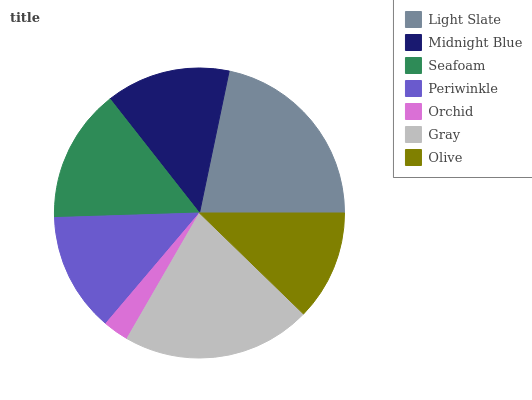
| Light Slate | Midnight Blue | Seafoam | Periwinkle | Orchid | Gray | Olive |
 | --- | --- | --- | --- | --- | --- | --- |
 | 21.7% | 13.9% | 14.9% | 13.3% | 2.87% | 21% | 12.3% |